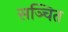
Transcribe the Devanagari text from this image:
सञ्चित